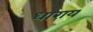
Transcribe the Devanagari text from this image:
धाराय